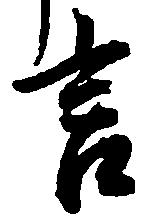
言